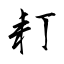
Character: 耓